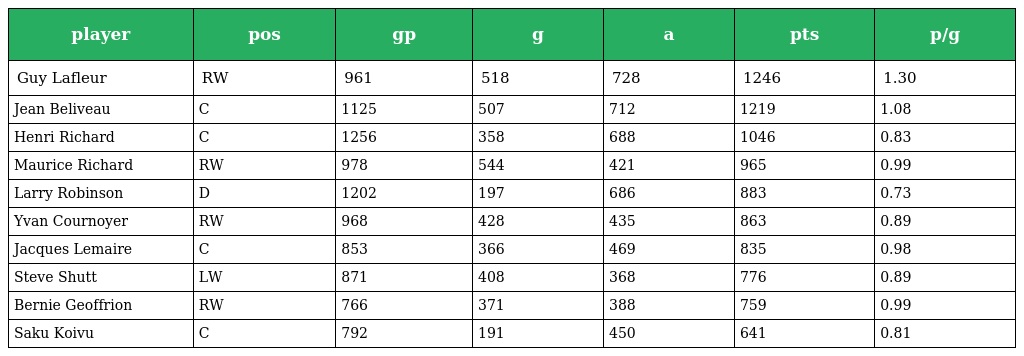
| player | pos | gp | g | a | pts | p/g |
 | --- | --- | --- | --- | --- | --- | --- |
 | Guy Lafleur | RW | 961 | 518 | 728 | 1246 | 1.30 |
 | Jean Beliveau | C | 1125 | 507 | 712 | 1219 | 1.08 |
 | Henri Richard | C | 1256 | 358 | 688 | 1046 | 0.83 |
 | Maurice Richard | RW | 978 | 544 | 421 | 965 | 0.99 |
 | Larry Robinson | D | 1202 | 197 | 686 | 883 | 0.73 |
 | Yvan Cournoyer | RW | 968 | 428 | 435 | 863 | 0.89 |
 | Jacques Lemaire | C | 853 | 366 | 469 | 835 | 0.98 |
 | Steve Shutt | LW | 871 | 408 | 368 | 776 | 0.89 |
 | Bernie Geoffrion | RW | 766 | 371 | 388 | 759 | 0.99 |
 | Saku Koivu | C | 792 | 191 | 450 | 641 | 0.81 |